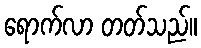
ရောက်လာ တတ်သည်။